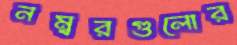
নম্বরগুলোর